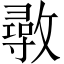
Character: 𢿼